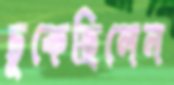
ঢুকেছিলেন